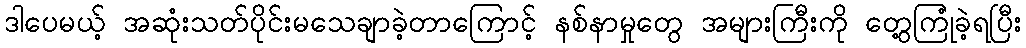
ဒါပေမယ့် အဆုံးသတ်ပိုင်းမသေချာခဲ့တာကြောင့် နစ်နာမှုတွေ အများကြီးကို တွေ့ကြုံခဲ့ရပြီး